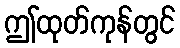
ဤထုတ်ကုန်တွင်